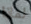
لماذا